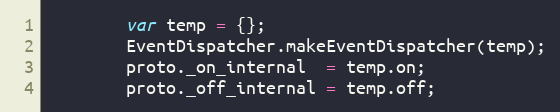
Language: JavaScript
        var temp = {};
        EventDispatcher.makeEventDispatcher(temp);
        proto._on_internal  = temp.on;
        proto._off_internal = temp.off;